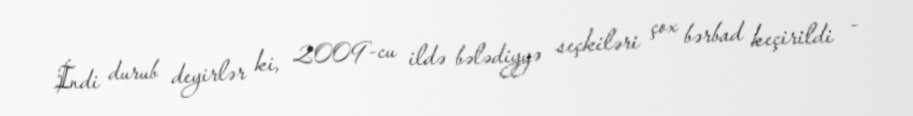
İndi durub deyirlər ki, 2009-cu ildə bələdiyyə seçkiləri çox bərbad keçirildi -